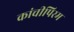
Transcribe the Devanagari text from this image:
कांचीपिरम